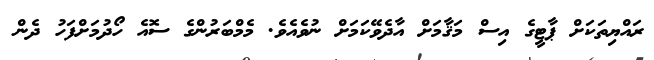
ރައްޔިތަކަށް ޕާޓީގެ އިސް މަޤާމަށް އާދެވޭކަމަށް ނުވެއެވެ. މެމްބަރުންގެ ސޮއެ ހޯދުމަށްފަހު ދެން